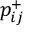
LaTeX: p _ { i j } ^ { + }